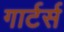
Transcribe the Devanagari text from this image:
गार्टर्स